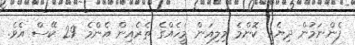
ފެންނަމުން ދިޔެއީ ކޮންމެ މިލިއަން މީހެއްގެ ތެރެއިން އެންމެ 29 ކޭސް އެވެ.